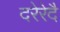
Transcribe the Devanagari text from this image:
दरेरेदै